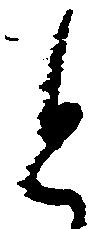
と